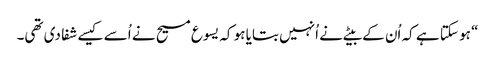
‏“‏ ہو سکتا ہے کہ اُن کے بیٹے نے اُنہیں بتایا ہو کہ یسوع مسیح نے اُسے کیسے شفا دی تھی۔